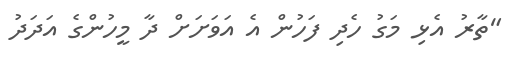
"ތާރު އެޅި މަގު ހެދި ފަހުން އެ އަވަށަށް ދާ މީހުންގެ އަދަދު